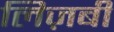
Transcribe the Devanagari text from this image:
लिज़बी